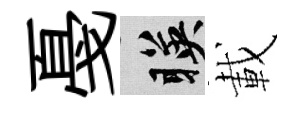
戞暎載